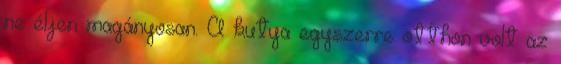
ne éljen magányosan. A kutya egyszerre otthon volt az